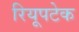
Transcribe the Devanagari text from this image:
रियूपटेक